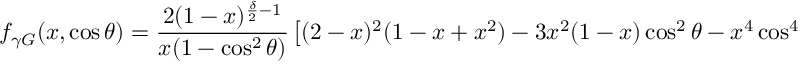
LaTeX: f _ { \gamma G } ( x , \cos \theta ) = \frac { 2 ( 1 - x ) ^ { \frac { \delta } { 2 } - 1 } } { x ( 1 - \cos ^ { 2 } \theta ) } \left[ ( 2 - x ) ^ { 2 } ( 1 - x + x ^ { 2 } ) - 3 x ^ { 2 } ( 1 - x ) \cos ^ { 2 } \theta - x ^ { 4 } \cos ^ { 4 } \theta \right]